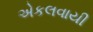
એકલવાયી